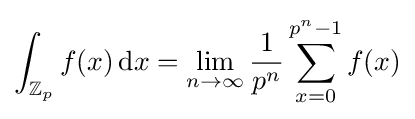
\int _{\mathbb {Z} _{p}}f(x)\,{\rm {d}}x=\lim _{n\to \infty }{\frac {1}{p^{n}}}\sum _{x=0}^{p^{n}-1}f(x)